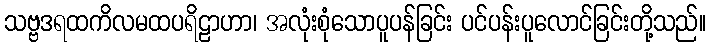
သဗ္ဗဒရထကိလမထပရိဠာဟာ၊ အလုံးစုံသောပူပန်ခြင်း ပင်ပန်းပူလောင်ခြင်းတို့သည်။